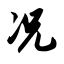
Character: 况